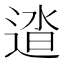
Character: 𨓬